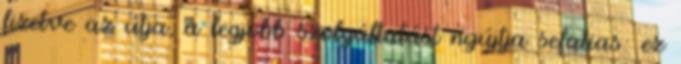
fizetve az útja, a legjobb szolgáltatást nyújtja sefatias: ez